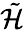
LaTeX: \tilde{\mathcal{H}}